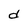
Character: d